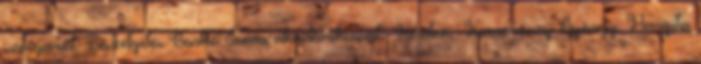
szerepéről. Beszélgetés Benkő Samu akadémikussal. Kérdez: Komoróczy György. Hargita